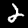
Label: 2